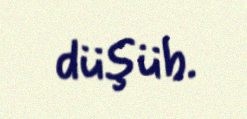
düşüb.